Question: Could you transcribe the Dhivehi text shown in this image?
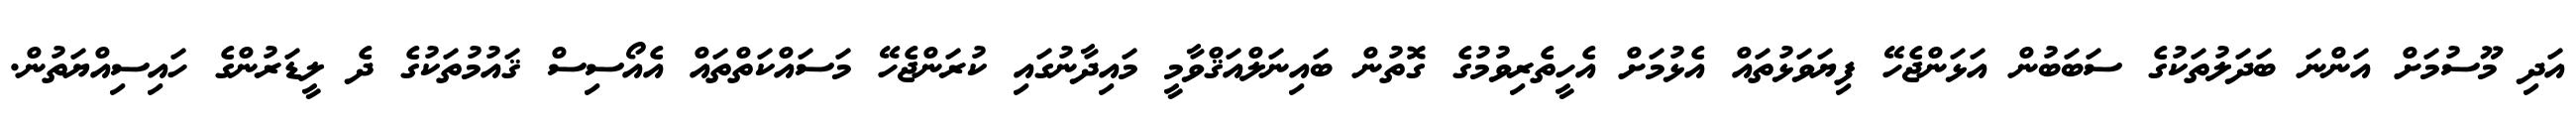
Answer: އަދި މޫސުމަށް އަންނަ ބަދަލުތަކުގެ ސަބަބުން އަޅަންޖެހޭ ފިޔަވަޅުތައް އެޅުމަށް އެހީތެރިވުމުގެ ގޮތުން ބައިނަލްއަޤްވާމީ މައިދާނުގައި ކުރަންޖެހޭ މަސައްކަތްތައް އެއޯސިސް ޤައުމުތަކުގެ ދެ ލީޑަރުންގެ ހައިސިއްޔަތުން.